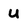
Character: U